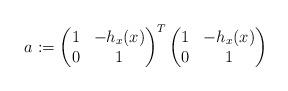
LaTeX: \begin{align*} a:=\left(\begin{matrix} 1&-h_x(x)\\ 0&1 \end{matrix}\right)^{T}\left(\begin{matrix} 1&-h_x(x)\\ 0&1 \end{matrix}\right)\end{align*}